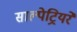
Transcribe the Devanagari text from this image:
साल्पेट्रियरे